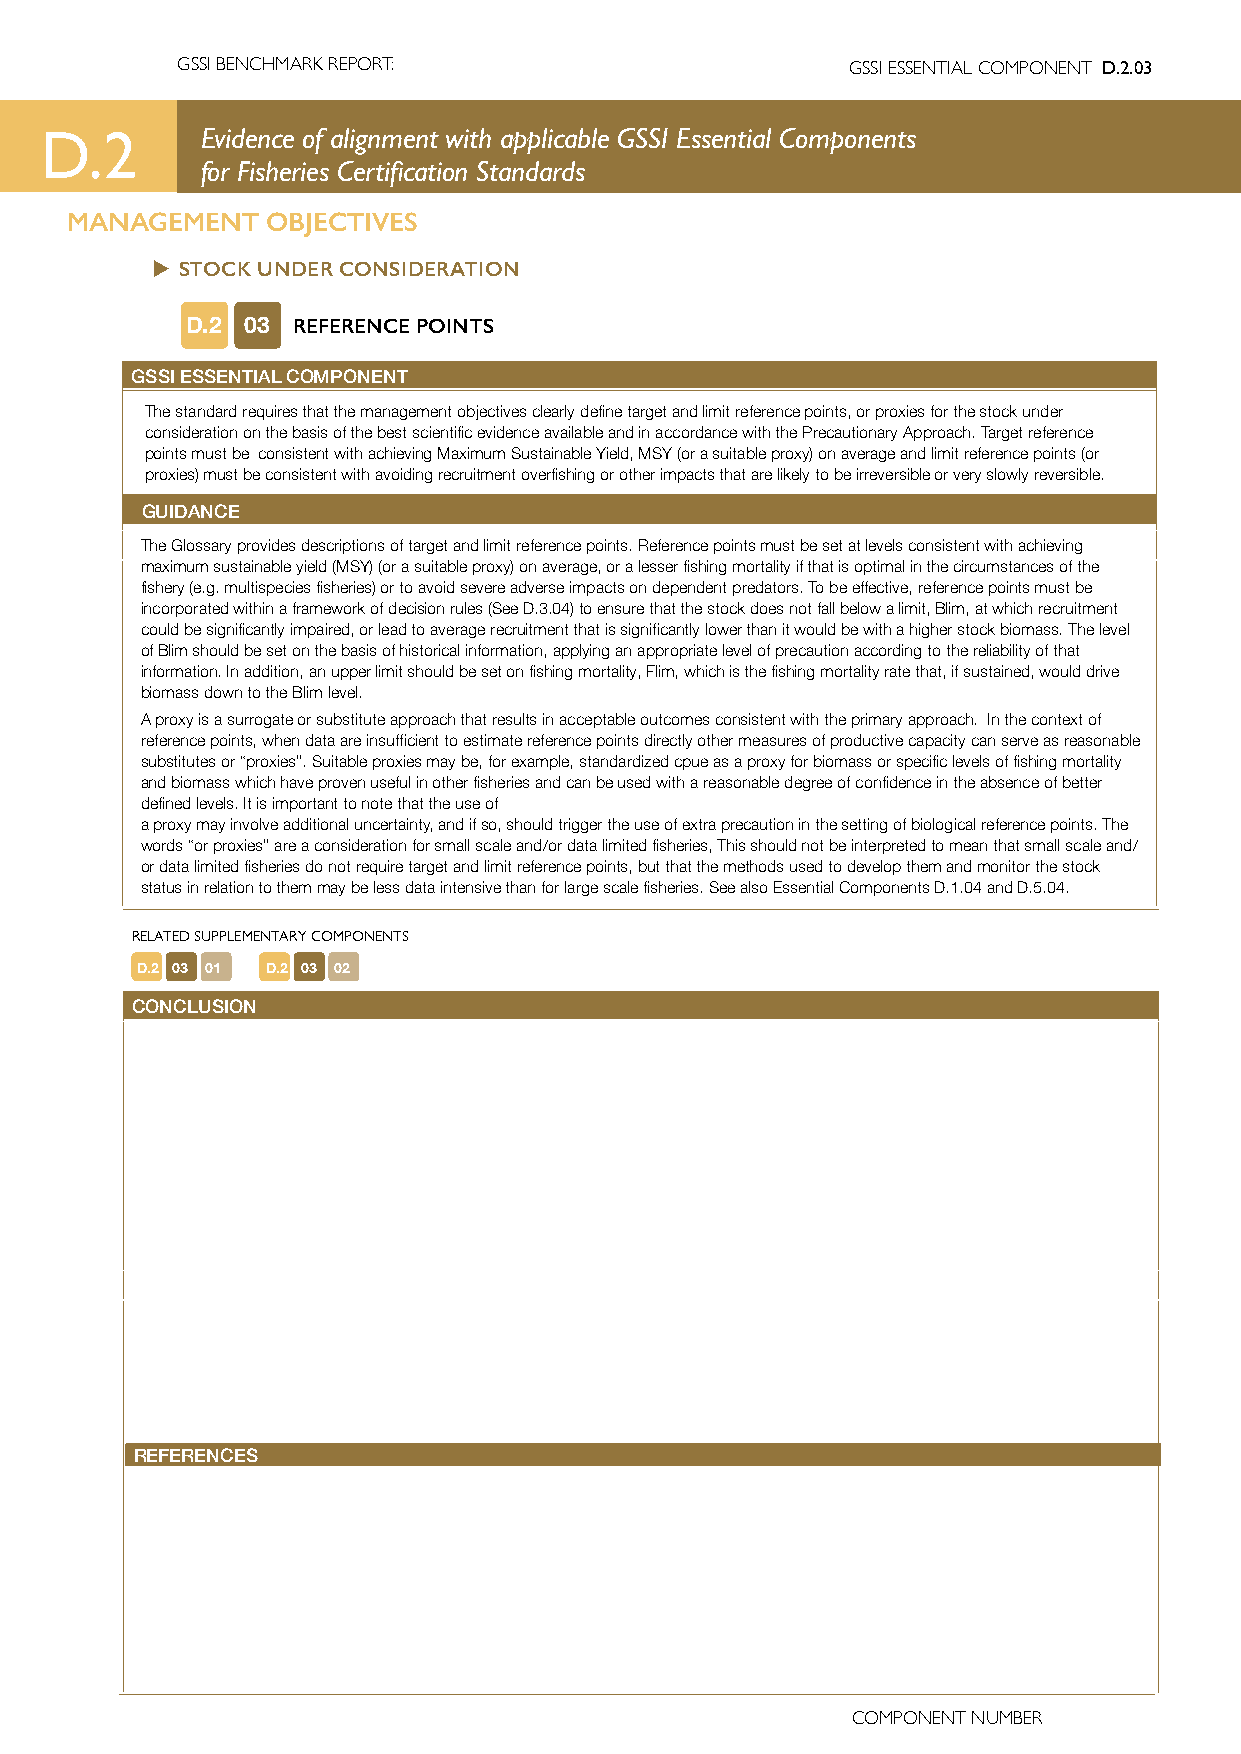
GSSI BENCHMARK REPORT:                      GSSI ESSENTIAL COMPONENT D.2.03
 D.2       Evidence of alignment with applicable GSSI Essential Components
 for Fisheries Certification Standards
 MANAGEMENT    OBJECTIVES
 u STOCK UNDER CONSIDERATION
 D.2 03 REFERENCE POINTS
 GSSI ESSENTIAL COMPONENT
 The standard requires that the management objectives clearly define target and limit reference points, or proxies for the stock under
 consideration on the basis of the best scientific evidence available and in accordance with the Precautionary Approach. Target reference
 points must be consistent with achieving Maximum Sustainable Yield, MSY (or a suitable proxy) on average and limit reference points (or
 proxies) must be consistent with avoiding recruitment overfishing or other impacts that are likely to be irreversible or very slowly reversible.
 GUIDANCE
 The Glossary provides descriptions of target and limit reference points. Reference points must be set at levels consistent with achieving
 maximum sustainable yield (MSY) (or a suitable proxy) on average, or a lesser fishing mortality if that is optimal in the circumstances of the
 fishery (e.g. multispecies fisheries) or to avoid severe adverse impacts on dependent predators. To be effective, reference points must be
 incorporated within a framework of decision rules (See D.3.04) to ensure that the stock does not fall below a limit, Blim, at which recruitment
 could be significantly impaired, or lead to average recruitment that is significantly lower than it would be with a higher stock biomass. The level
 of Blim should be set on the basis of historical information, applying an appropriate level of precaution according to the reliability of that
 information. In addition, an upper limit should be set on fishing mortality, Flim, which is the fishing mortality rate that, if sustained, would drive
 biomass down to the Blim level.
 A proxy is a surrogate or substitute approach that results in acceptable outcomes consistent with the primary approach. In the context of
 reference points, when data are insufficient to estimate reference points directly other measures of productive capacity can serve as reasonable
 substitutes or “proxies”. Suitable proxies may be, for example, standardized cpue as a proxy for biomass or specific levels of fishing mortality
 and biomass which have proven useful in other fisheries and can be used with a reasonable degree of confidence in the absence of better
 defined levels. It is important to note that the use of
 a proxy may involve additional uncertainty, and if so, should trigger the use of extra precaution in the setting of biological reference points. The
 words “or proxies” are a consideration for small scale and/or data limited fisheries, This should not be interpreted to mean that small scale and/
 or data limited fisheries do not require target and limit reference points, but that the methods used to develop them and monitor the stock
 status in relation to them may be less data intensive than for large scale fisheries. See also Essential Components D.1.04 and D.5.04.
 RELATED SUPPLEMENTARY COMPONENTS
 D.2 03 01 D.2 03 02
 CONCLUSION
 REFERENCES
 COMPONENT NUMBER